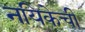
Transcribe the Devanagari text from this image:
नयिकेची